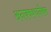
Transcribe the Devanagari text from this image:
अनक्वश्चनैबल